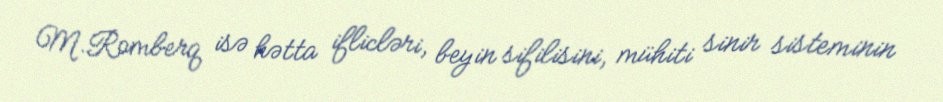
M.Romberq isə hətta iflicləri, beyin sifilisini, mühiti sinir sisteminin